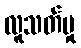
လူသတ်မှု